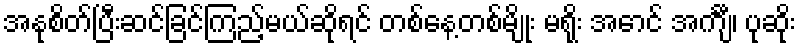
အနုစိတ်ပြီးဆင်ခြင်ကြည့်မယ်ဆိုရင် တစ်နေ့တစ်မျိုး မရိုး အောင် အင်္ကျီ၊ ပုဆိုး